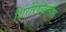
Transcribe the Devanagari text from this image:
शिरोरेषेखालील